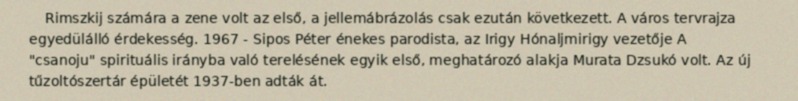
Rimszkij számára a zene volt az első, a jellemábrázolás csak ezután következett. A város tervrajza egyedülálló érdekesség. 1967 - Sipos Péter énekes parodista, az Irigy Hónaljmirigy vezetője A "csanoju" spirituális irányba való terelésének egyik első, meghatározó alakja Murata Dzsukó volt. Az új tűzoltószertár épületét 1937-ben adták át.